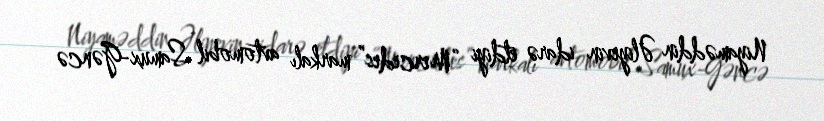
Niyaməddin Əliyevin idarə etdiyi “Mercedes” markalı avtomobil Samux-Gəncə